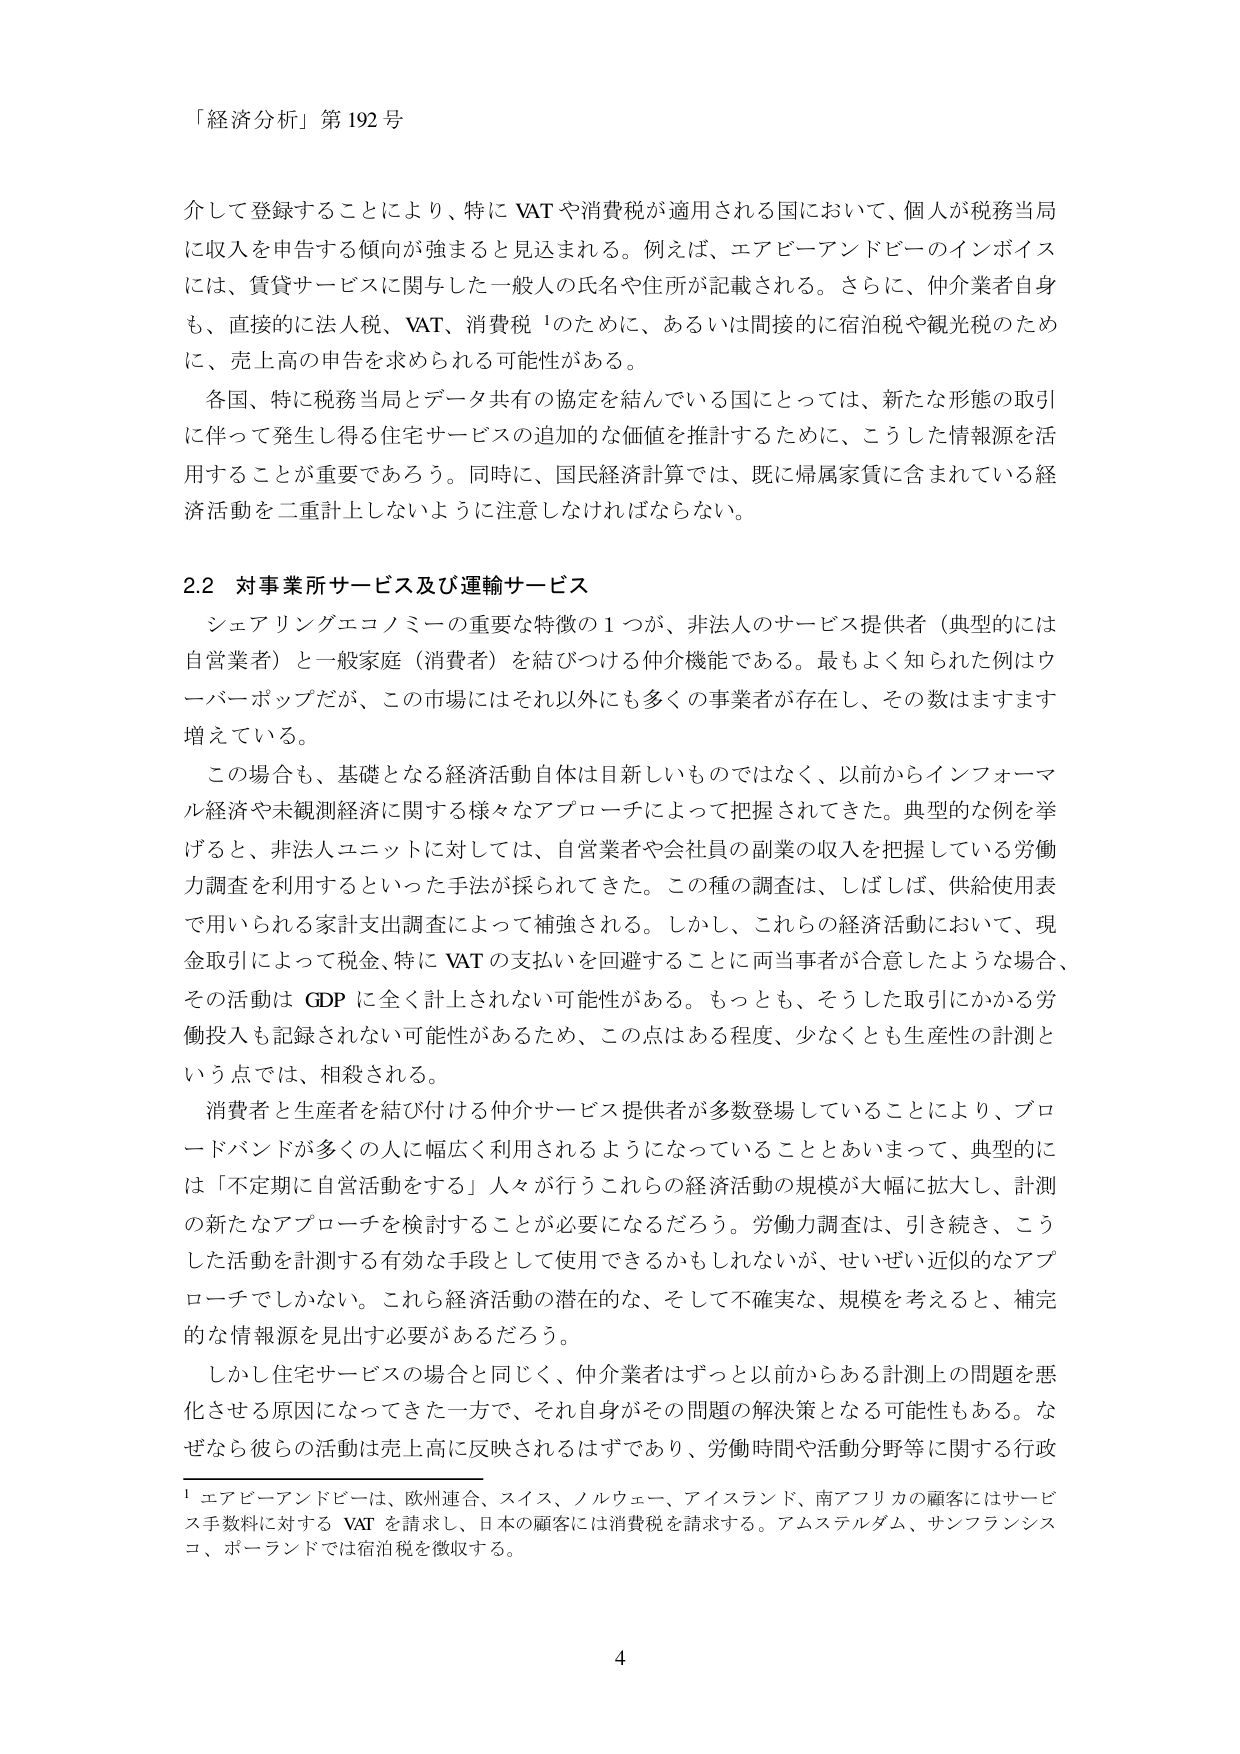
「経済分析」第192号

介して登録することにより、特に VAT や消費税が適用される国において、個人が税務当局に収入を申告する傾向が強まると見込まれる。例えば、エアビーアンドビーのインボイスには、賃貸サービスに関与した一般人の氏名や住所が記載される。さらに、仲介業者自身も、直接的に法人税、VAT、消費税¹のために、あるいは間接的に宿泊税や観光税のために、売上高の申告を求められる可能性がある。

各国、特に税務当局とデータ共有の協定を結んでいる国にとっては、新たな形態の取引に伴って発生し得る住宅サービスの追加的な価値を推計するために、こうした情報源を活用することが重要であろう。同時に、国民経済計算では、既に帰属家賃に含まれている経済活動を二重計上しないように注意しなければならない。

2.2 対事業所サービス及び運輸サービス

シェアリングエコノミーの重要な特徴の1つが、非法人のサービス提供者（典型的には自営業者）と一般家庭（消費者）を結びつける仲介機能である。最もよく知られた例はウーバーポップだが、この市場にはそれ以外にも多くの事業者が存在し、その数はますます増えている。

この場合も、基礎となる経済活動自体は目新しいものではなく、以前からインフォーマル経済や未観測経済に関する様々なアプローチによって把握されてきた。典型的な例を挙げると、非法人ユニットに対しては、自営業者や会社員の副業の収入を把握している労働力調査を利用するといった手法が採られてきた。この種の調査は、しばしば、供給使用表で用いられる家計支出調査によって補強される。しかし、これらの経済活動において、現金取引によって税金、特に VAT の支払いを回避することに両当事者が合意したような場合、その活動は GDP に全く計上されない可能性がある。もっとも、そうした取引にかかる労働投入も記録されない可能性があるため、この点はある程度、少なくとも生産性の計測という点では、相殺される。

消費者と生産者を結び付ける仲介サービス提供者が多数登場していることにより、プロードバンドが多くの人に幅広く利用されるようになっていることとあいまって、典型的には「不定期に自営活動をする」人々が行うこれらの経済活動の規模が大幅に拡大し、計測の新たなアプローチを検討することが必要になるだろう。労働力調査は、引き続き、こうした活動を計測する有効な手段として使用できるかもしれないが、せいぜい近似的なアプローチでしかない。これら経済活動の潜在的な、そして不確実な、規模を考えると、補完的な情報源を見出す必要があるだろう。

しかし住宅サービスの場合と同じく、仲介業者はずっと以前からある計測上の問題を悪化させる原因になってきた一方で、それ自身がその問題の解決策となる可能性もある。なぜなら彼らの活動は売上高に反映されるはずであり、労働時間や活動分野等に関する行政

¹ エアビーアンドビーは、欧州連合、スイス、ノルウェー、アイスランド、南アフリカの顧客にはサービス手数料に対する VAT を請求し、日本の顧客には消費税を請求する。アムステルダム、サンフランシスコ、ポーランドでは宿泊税を徴収する。

4